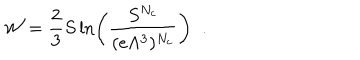
{ \cal W } = \frac { 2 } { 3 } S \ln \left( \frac { S ^ { N _ { c } } } { ( e \Lambda ^ { 3 } ) ^ { N _ { c } } } \right) \; \; .